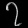
Digit: ၇